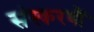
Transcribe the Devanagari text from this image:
संस्करणौं